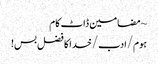
~ مضامین ڈاٹ کام
ہوم/ادب/خدا کا فضل بس!